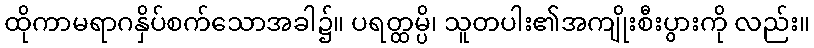
ထိုကာမရာဂနှိပ်စက်သောအခါ၌။ ပရတ္ထမ္ပိ၊ သူတပါး၏အကျိုးစီးပွားကို လည်း။